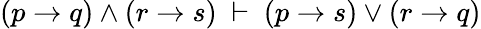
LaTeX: (p\to q)\land(r\to s)\ \vdash\ (p\to s)\lor(r\to q)